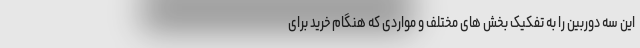
این سه دوربین را به تفکیک بخش های مختلف و مواردی که هنگام خرید برای